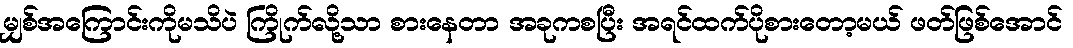
မျှစ်အကြောင်းကိုမသိပဲ ကြိုက်လို့သာ စားနေတာ အခုကစပြီး အရင်ထက်ပိုစားတော့မယ် ဖတ်ဖြစ်အောင်